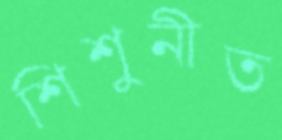
শিশুনীত